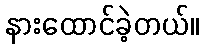
နားထောင်ခဲ့တယ်။